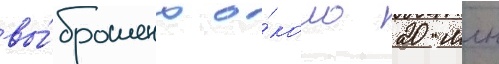
вы́брошено о́коло 20 млн